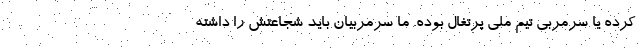
کرده یا سرمربی تیم ملی پرتغال بوده. ما سرمربیان باید شجاعتش را داشته